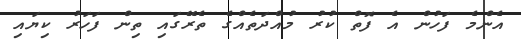
އެންމެ ފަހުން އެ ފޮތް ކުރު މުއްދަތެއްގެ ތެރޭގައި ތިން ފަހަރު ކިޔައި